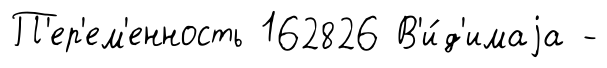
П'ер'ем'енность 162826 В'и́д'имаjа -